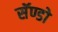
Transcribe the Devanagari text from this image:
सॅण्डो